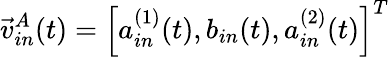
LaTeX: \vec{v}_{in}^{A}(t)=\left[a_{in}^{(1)}(t),b_{in}(t),a_{in}^{(2)}(t)\right]^{T}